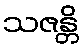
သဇန္တိ